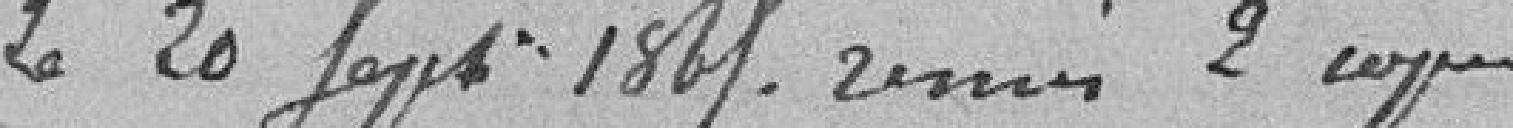
Le 20 Sept. 1827 remis 2 copies